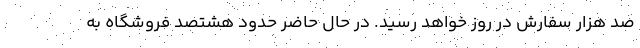
صد هزار سفارش در روز خواهد رسید. در حال حاضر حدود هشتصد فروشگاه به